Scottish Leaving Certificate Examination, 1958
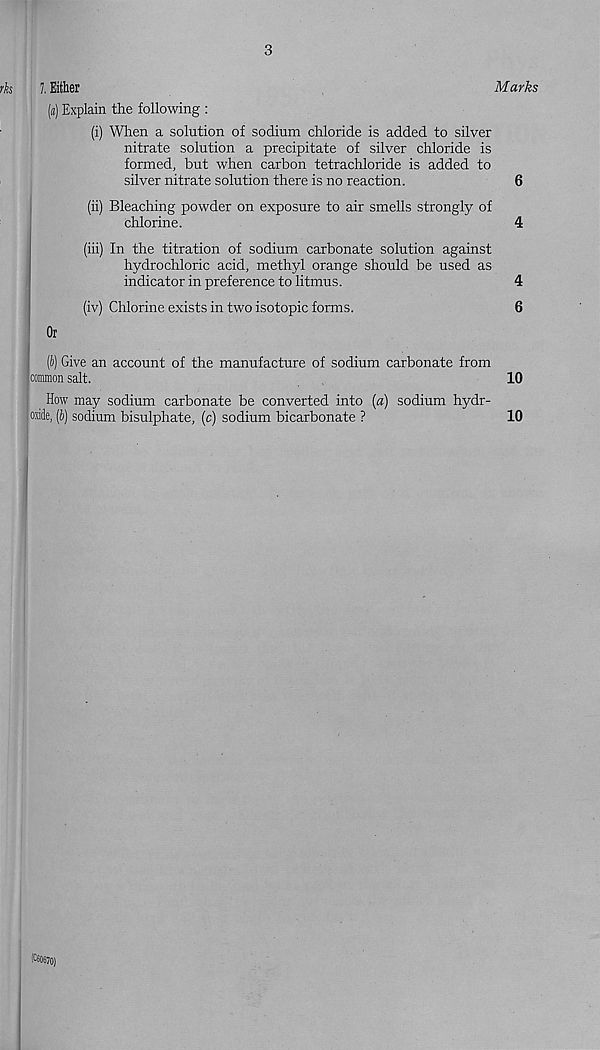
3
7. Either
Marks
(a) Explain the following :
(i) When a solution of sodium chloride is added to silver
nitrate solution a precipitate of silver chloride is
formed, but when carbon tetrachloride is added to
silver nitrate solution there is no reaction.
6
(ii) Bleaching powder on exposure to air smells strongly of
chlorine.
4
(iii) In the titration of sodium carbonate solution against
hydrochloric acid, methyl orange should be used as
indicator in preference to litmus.
4
(iv) Chlorine exists in two isotopic forms.
6
Or
(ii) Give an account of the manufacture of sodium carbonate from
common salt.
10
How may sodium carbonate be converted into [a) sodium hydr-
oxide, (S) sodium bisulphate, (c) sodium bicarbonate ?
10